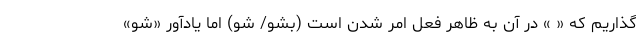
گذاریم که « » در آن به ظاهر فعل امر شدن است (بشو/ شو) اما یادآور «شو»